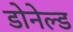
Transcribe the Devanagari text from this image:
डोनेल्ड